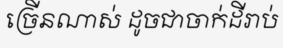
ច្រើនណាស់ ដូចជាចាក់ដីរាប់